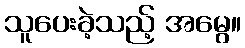
သူပေးခဲ့သည့် အမွေ။